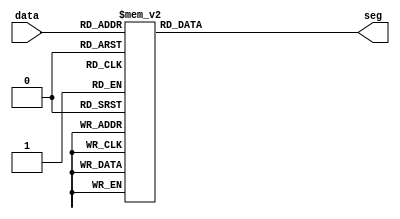
/*
 * Seven-segment display decoder
 *
 * January 25, 2017
 */

module sevensegdec(input      [3:0] data,
                           output reg [6:0] seg);
  always @(*)
    case(data)
                  // abc_defg
      4'h0: seg = 7'b000_0001;  // 0x01
      4'h1: seg = 7'b100_1111;  // 0x4f
      4'h2: seg = 7'b001_0010;  // 0x12
      4'h3: seg = 7'b000_0110;  // 0x06
      4'h4: seg = 7'b100_1100;  // 0x4c
      4'h5: seg = 7'b010_0100;  // 0x24
      4'h6: seg = 7'b010_0000;  // 0x20
      4'h7: seg = 7'b000_1111;  // 0x0f
      4'h8: seg = 7'b000_0000;  // 0x00
      4'h9: seg = 7'b000_1100;  // 0x0c
      4'ha: seg = 7'b000_1000;  // 0x08
      4'hb: seg = 7'b110_0000;  // 0x60
      4'hc: seg = 7'b111_0010;  // 0x72
      4'hd: seg = 7'b100_0010;  // 0x42
      4'he: seg = 7'b011_0000;  // 0x30
      4'hf: seg = 7'b011_1000;  // 0x38
      default: 
            seg = 7'b111_1111;
    endcase
endmodule